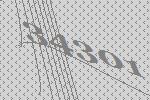
34301